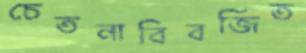
চেতনাবিবর্জিত